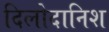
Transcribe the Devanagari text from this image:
दिलोदानिश